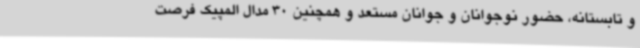
و تابستانه، حضور نوجوانان و جوانان مستعد و همچنین 30 مدال المپیک فرصت